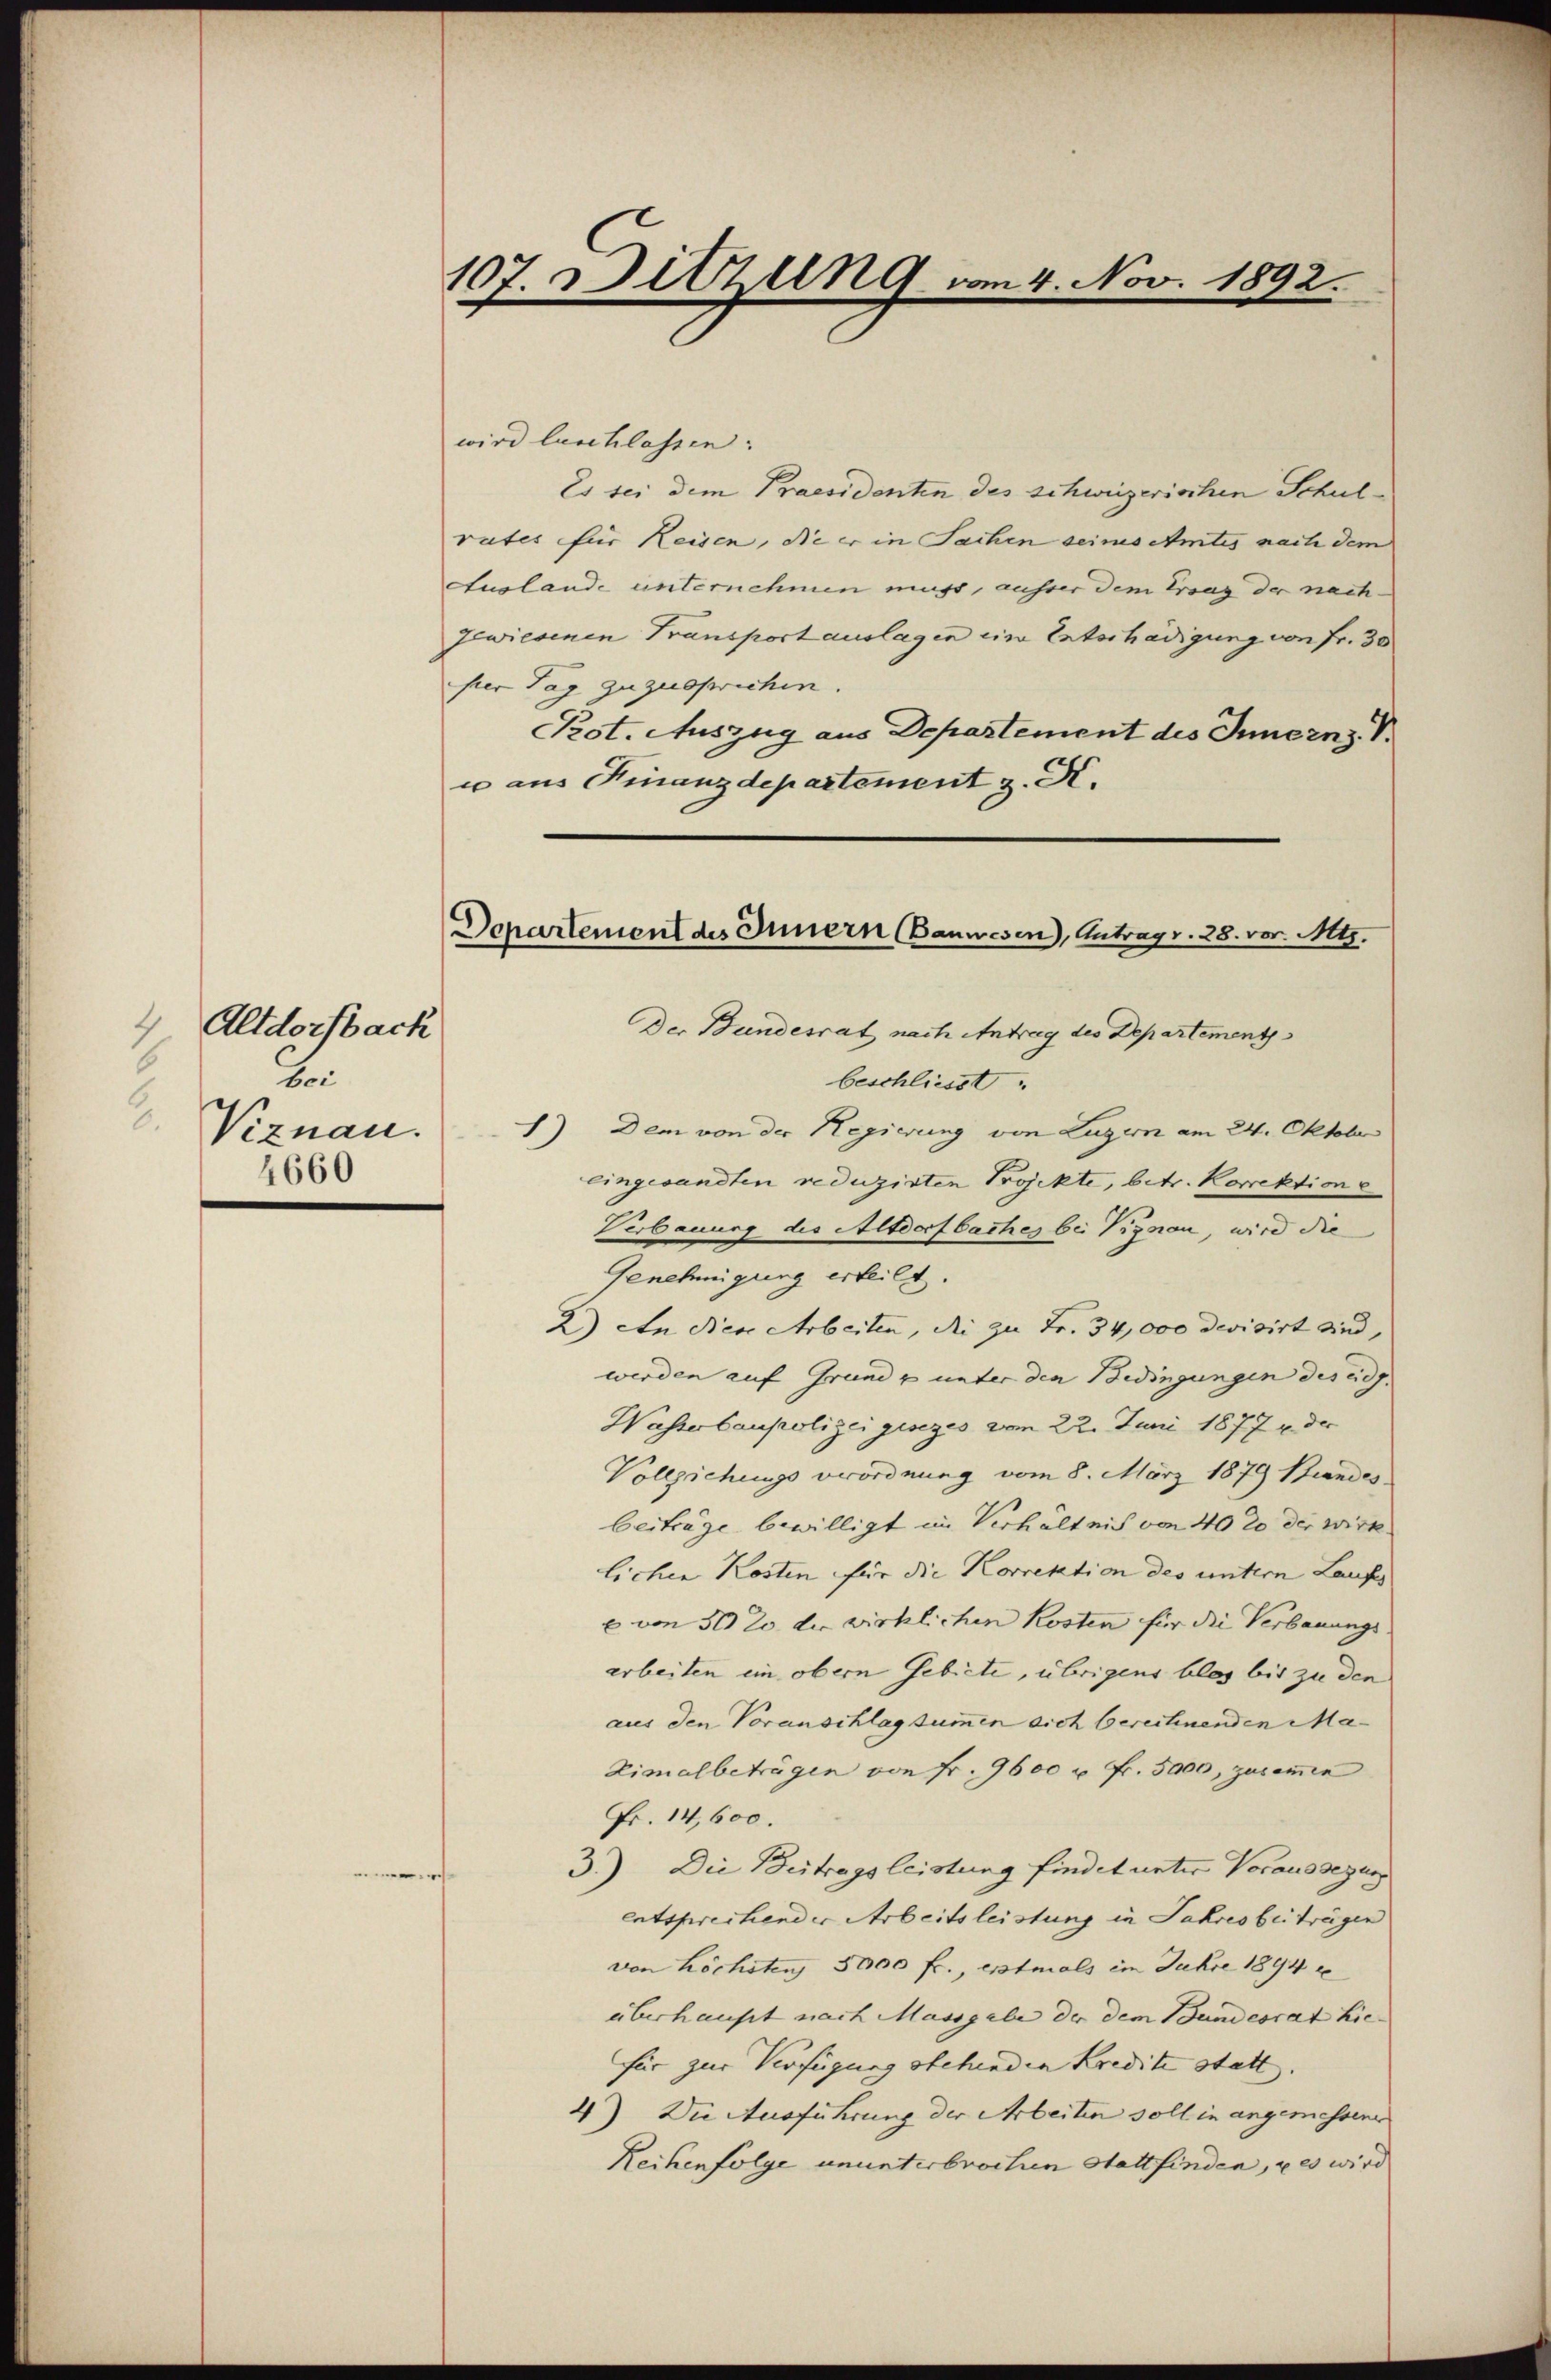
Altdorfbach
4
6
bei
.
Viznau.
4660

.

107. Ditzung vom 4. Nov. 1892.

wird luschlassen.
Es sei dem Praesidenten des schweizerischen Schulrates für Reisen, die er in Sachen seines Amtes nach dem
Auslande unternehmen muss, ausser dem Prag der nach¬
Jewiesenen Transport auslagen ein Entschädigung von Fr. 30
per Tag zuzusprichen.
Pot. Auszug aus Departement des Innern, V
u aus Finanzdepartement z. K.

Departement des Innern Bauwesen, Antrags. 28. vor. Mts.

Der Bundesrat nach Antrag des Departement
beschliesst.
1) Dem von der Regierung von Luzern am 24. Oktober
eingesandten reduzirten Projekte, betr. Korrektion e
Verbauung des Altdorfbaches bei Pignon, wird die
Genehmigung erteilt.
2) An den Arbeiten, di zu Fr. 34,000 devisirt sind,
werden auf Grund & unter den Bedingungen des eidg.
Wasserbaupolizei gesezes vom 22. Juni 1877 der
Vollziehungsverordnung vom 8. März 1879 Brandes.
beiträge bewilligt im Verhältnis von 40 20 der wirk
lichen Kosten für die Korrektion des untern Laufes
e von 50 20 die wirklichen Kosten für die Verbauungs
arbeiten ein obern Gebiete, übrigens blos bis zu den
aus den Voranschlagsummen sich berechnenden Ma¬
Zimalbeträgen von Fr. 9600 u. Fr. 5000, zusammen
Fr. 14,600.
3.) Die Beitragsleistung findet unter Voraussezung
entsprechender Arbeitsleistung in Jahres beiträgen
von höchsten 3000 fr., extmals im Jahre 1894
überhaupt nach Massgabe der dem Bundesrat hie
für zur Verfügung stehenden Kredite statt.
4) Die Ausführung der Arbeiten soll in angemessene
Reihenfolge ununterbrochen Stattfinden, u es wird